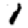
Digit: 1